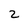
Character: 2